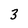
Character: 3